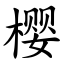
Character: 樱